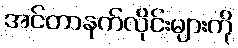
အင်တာနက်လိုင်းများကို